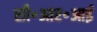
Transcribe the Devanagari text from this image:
सी॰आर॰आई